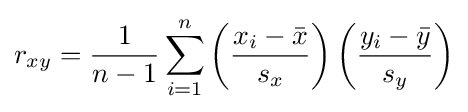
r_{xy}={\frac {1}{n-1}}\sum _{i=1}^{n}\left({\frac {x_{i}-{\bar {x}}}{s_{x}}}\right)\left({\frac {y_{i}-{\bar {y}}}{s_{y}}}\right)